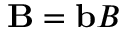
\mathbf { B } = \mathbf { b } B